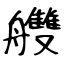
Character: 艭